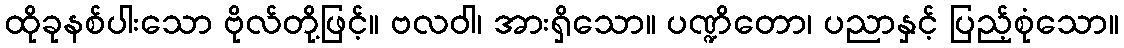
ထိုခုနစ်ပါးသော ဗိုလ်တို့ဖြင့်။ ဗလဝါ၊ အားရှိသော။ ပဏ္ဍိတော၊ ပညာနှင့် ပြည့်စုံသော။